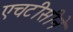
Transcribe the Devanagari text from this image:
एचटीसीने